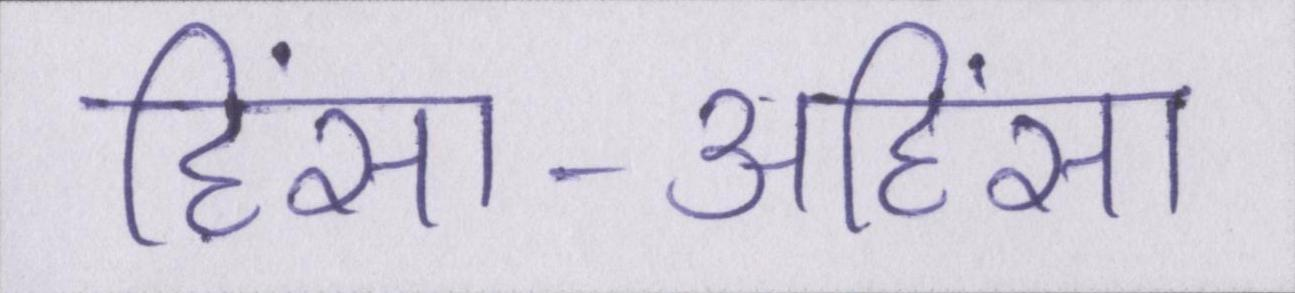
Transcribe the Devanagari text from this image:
हिंसा-अहिंसा